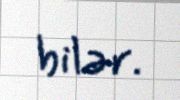
bilər.